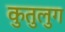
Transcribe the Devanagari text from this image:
कुतुलुग